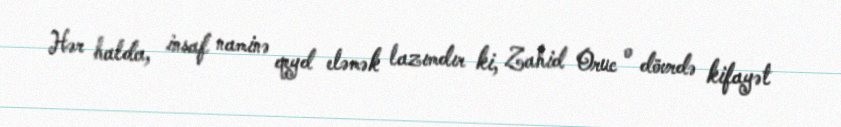
Hər halda, insaf naminə qeyd eləmək lazımdır ki, Zahid Oruc o dövrdə kifayət